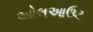
ઓલઆઉટ